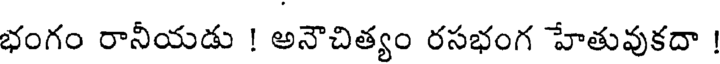
భంగం రానీయడు ! అనౌచిత్యం రసభంగ హేతువుకదా